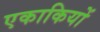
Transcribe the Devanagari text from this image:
एकाकियों